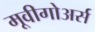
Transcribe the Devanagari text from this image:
मूवीगोअर्स